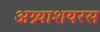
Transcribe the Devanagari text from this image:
अग्न्याशयरस